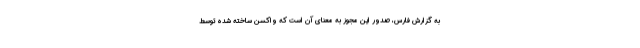
به گزارش فارس، صدور این مجوز به معنای آن است که واکسن ساخته شده توسط